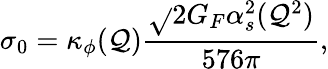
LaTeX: \sigma_{0}=\kappa_{\phi}(\mathcal{Q}){\frac{{\sqrt{}{{2}}G_{F}\alpha_{s}^{2}(\mathcal{Q}^{2})}}{{576\pi}}},